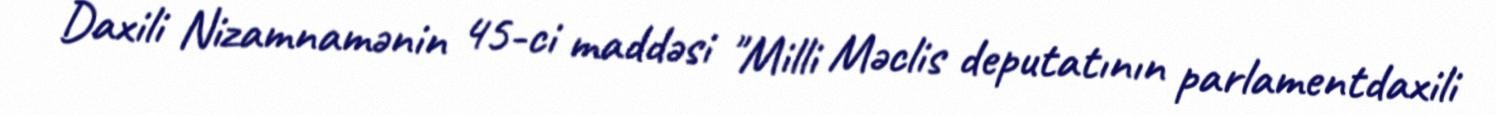
Daxili Nizamnamənin 45-ci maddəsi "Milli Məclis deputatının parlamentdaxili